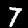
Label: 7